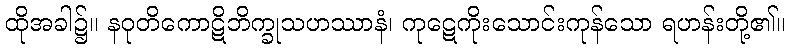
ထိုအခါ၌။ နဝုတိကောဋိဘိက္ခုသဟဿာနံ၊ ကုဋေကိုးသောင်းကုန်သော ရဟန်းတို့၏။